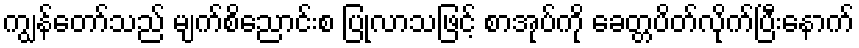
ကျွန်တော်သည် မျက်စိညောင်းစ ပြုလာသဖြင့် စာအုပ်ကို ခေတ္တပိတ်လိုက်ပြီးနောက်